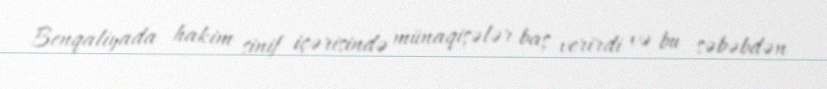
Benqaliyada hakim sinif içərisində münaqişələr baş verirdi və bu səbəbdən